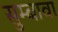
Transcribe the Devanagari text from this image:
सुम्बावा